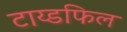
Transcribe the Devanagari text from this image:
टाय्डफिल